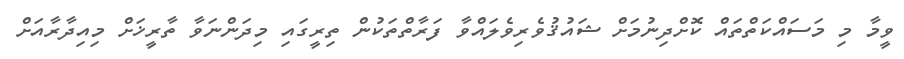
ވީމާ މި މަސައްކަތްތައް ކޮށްދިނުމަށް ޝައުޤުވެރިވެލައްވާ ފަރާތްތަކުން ތިރީގައި މިދަންނަވާ ތާރީޚަށް މިއިދާރާއަށް